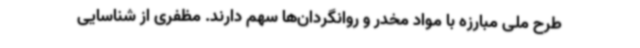
طرح ملی مبارزه با مواد مخدر و روانگردان‌ها سهم دارند. مظفری از شناسایی